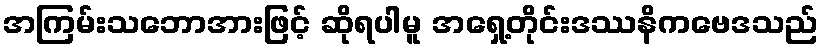
အကြမ်းသဘောအားဖြင့် ဆိုရပါမူ အရှေ့တိုင်းဒဿနိကဗေဒသည်